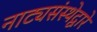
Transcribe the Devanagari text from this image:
नाट्यसंस्थेद्वारे